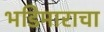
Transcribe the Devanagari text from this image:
भडिमाराचा